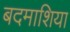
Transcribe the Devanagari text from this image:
बदमाशिया